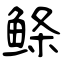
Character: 鲦